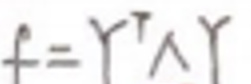
$f = Y ^ { T } \Lambda Y$